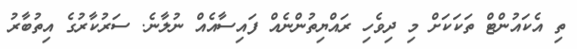
ތި އެކައުންޓް ތަކަކަށް މި ދިވެހި ރައްޔިތުންނެއް ފައިސާއެއް ނުލާނެ. ސަރުކާރުގެ އިތުބާރު